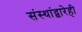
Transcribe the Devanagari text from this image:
संस्थांद्वारेही